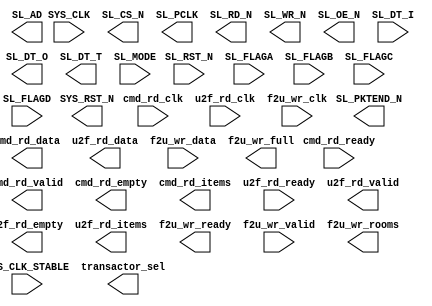
module gpif2mst
(
     input  wire         SYS_CLK_STABLE /* synthesis xc_pulldown = 1 */
   , input  wire         SYS_CLK
   , output wire         SYS_RST_N /* synthesis xc_pullup = 1 */
   , input  wire         SL_RST_N
   , output wire         SL_CS_N
   , output wire         SL_PCLK
   , output wire [ 1:0]  SL_AD
   , input  wire         SL_FLAGA /* synthesis xc_pullup = 1 */
   , input  wire         SL_FLAGB /* synthesis xc_pullup = 1 */
   , input  wire         SL_FLAGC /* synthesis xc_pullup = 1 */
   , input  wire         SL_FLAGD /* synthesis xc_pullup = 1 */
   , output wire         SL_RD_N  /* synthesis xc_pullup = 1 */
   , output wire         SL_WR_N  /* synthesis xc_pullup = 1 */
   , output wire         SL_OE_N  /* synthesis xc_pullup = 1 */
   , output wire         SL_PKTEND_N /* synthesis xc_pullup = 1 */
   , input  wire [31:0]  SL_DT_I
   , output wire [31:0]  SL_DT_O
   , output wire         SL_DT_T // when low, SL_DT_O drives
   , input  wire [ 1:0]  SL_MODE /* synthesis xc_pulldown = 1 */
   //---------------------------------------------------------------------------
   , output wire [ 3:0]  transactor_sel // transactor selection (0 for SU2F or SF2U)
   //---------------------------------------------------------------------------
   , input  wire         cmd_rd_clk
   , input  wire         cmd_rd_ready
   , output wire         cmd_rd_valid
   , output wire [31:0]  cmd_rd_data
   , output wire         cmd_rd_empty
   , output wire [15:0]  cmd_rd_items
   , input  wire         u2f_rd_clk
   , input  wire         u2f_rd_ready
   , output wire         u2f_rd_valid
   , output wire [31:0]  u2f_rd_data
   , output wire         u2f_rd_empty
   , output wire [15:0]  u2f_rd_items
   , input  wire         f2u_wr_clk
   , output wire         f2u_wr_ready // data will be written when it is high, even though f2u_wr_full is high
   , input  wire         f2u_wr_valid
   , input  wire [33:0]  f2u_wr_data  // [33:32] 2'b00=normal, 2'b10=short, 2'b11=zlp
                                      // [32] = wr_n (active-low)
                                      // [33] = pktend (active-high)
                                      // [31:0] is not valid when [33:32]=2'b11 (zlp)
   , output wire         f2u_wr_full
   , output wire [15:0]  f2u_wr_rooms
);
   parameter DEPTH_FIFO_CU2F=512 // command-fifo 4-word unit (USB-to-FPGA)
           , DEPTH_FIFO_DU2F=512 // data stream-in-fifo 4-word unit (USB-to-FPGA)
           , DEPTH_FIFO_DF2U=512 // data stream-out-fifo 4-word unit (FPGA-to-USB)
           , PCLK_INV       =1'b1        // SL_PCLK=~SYS_CLK when 1
           , PCLK_FREQ      =80_000_000  // SL_PCLK frequency
           , FPGA_FAMILY    ="VIRTEX4";  // SPARTAN6, VIRTEX4
// synthesis attribute box_type gpif2mst "black_box"
endmodule